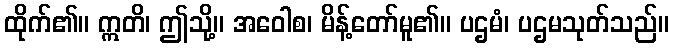
ထိုက်၏။ ဣတိ၊ ဤသို့။ အဝေါစ၊ မိန့်တော်မူ၏။ ပဌမံ၊ ပဌမသုတ်သည်။